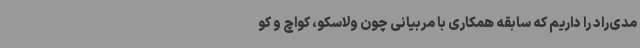
مدی‌راد را داریم که سابقه همکاری با مربیانی چون ولاسکو، کواچ و کو